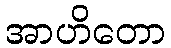
အာဟိတော